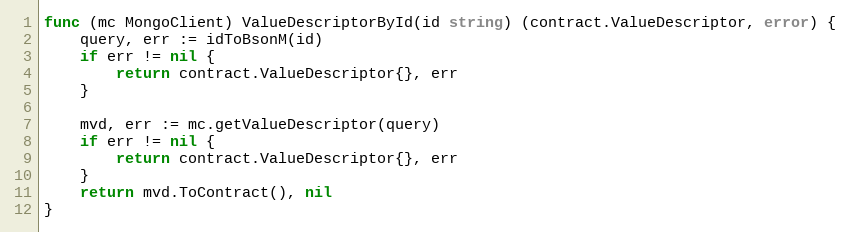
Language: Go
func (mc MongoClient) ValueDescriptorById(id string) (contract.ValueDescriptor, error) {
	query, err := idToBsonM(id)
	if err != nil {
		return contract.ValueDescriptor{}, err
	}

	mvd, err := mc.getValueDescriptor(query)
	if err != nil {
		return contract.ValueDescriptor{}, err
	}
	return mvd.ToContract(), nil
}